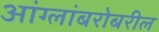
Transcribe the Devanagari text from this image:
आंग्लांबरोबरील